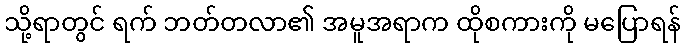
သို့ရာတွင် ရက် ဘတ်တလာ၏ အမူအရာက ထိုစကားကို မပြောရန်